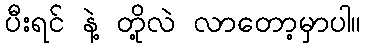
ပီးရင် နဲ့ တို့လဲ လာတော့မှာပါ။